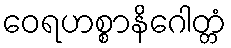
ဝေရဟစ္စာနိဂေါတ္တံ